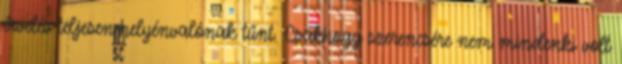
érvelés teljesen helyénvalónak tűnt. Csakhogy szerencsére nem mindenki volt